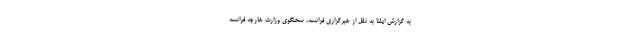
به گزارش ایلنا به نقل از خبرگزاری فرانسه، سخنگوی وزارت خارجه فرانسه